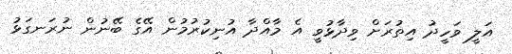
އަލީ ވަހީދު އިތުރަށް ވިދާޅުވީ އެ މާއްދާ އުނިކުރުމުން އޭގެ ބޭނުން ނުރަނގަޅު